Civil Veterinary Dept. Bombay admin report 1914-1922 - 1914-1922
Year: 1914
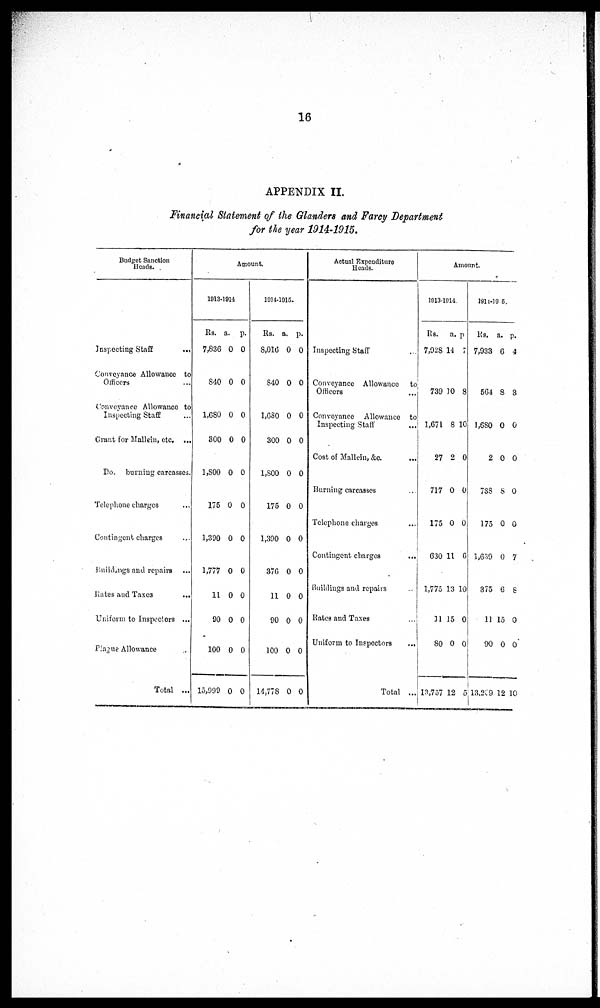
16
APPENDIX II.
Financial Statement of the Glanders and Farcy Department
for the year 1914-1915.
Budget Sanction
Heads.
Inspecting Staff
...
Conveyance Allowance to
Officers ...
Conveyance Allowance to
Inspecting Staff ...
Grant for Mallein, etc. ...
Do. burning carcasses.
Telephone charges
Contingent charges
Buildangs and repairs ...
Rates and
Taxes
...
Uniform to Inspectors ...
Piagne Allowance ..
Total ...
Amount.
1913-1914
Rs.
7,836
840
1,680
300
a.
0
0
0
0
p.
0
0
0
0
1,800 0 0
175 0 0
1,390 0 0
1,777 0 0
11
90
0
0
0
0
100
15,999
0
0
0
0
1914-1915.
Rs.
8,016
840
1,680
300
a.
0
0
0
0
p.
0
0
0
0
1,800 0
0
175 0 0
1,390 0 0
376 0 0
11
90
100
14,778
0
0
0
0
0
0
0
0
Actual Expenditure
Heads.
Inspecting Staff
Conveyance Allowance
to
Officers
Conveyance Allowance to
Inspecting Stall ...
Cost of Mallein, &c.
...
Burning carcasses
Telephone charges
Contingent charges
...
Buildings and repairs ...
Rates and Taxes ...
Uniform to Inspectors
Total ..
Amount.
1913-1914
Rs.
7,028
739
1,671
a.
14
10
8
p
7
8
10
27 2 0
717 0
0
175 0 0
630 11
0
1,775 13 10
11
80
15
0
0
0
13,757 12
5
1914 -1915.
Rs.
7,933
564
1,680
a.
6
8
0
p.
4
3
0
2 0 0
738 8 0
175 0 0
1,639
0 7
375 6 8
11
90
15
0
0
0
13,209 12 10